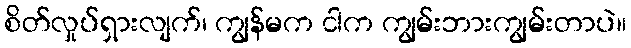
စိတ်လှုပ်ရှားလျက်၊ ကျွန်မက ငါက ကျွမ်းဘားကျွမ်းတာပဲ။